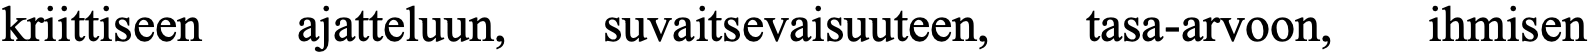
kriittiseen ajatteluun, suvaitsevaisuuteen, tasa-arvoon, ihmisen